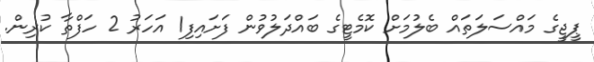
ޕީޖީގެ މައްސަލަތައް ބެލުމަށް ކޮމެޓީގެ ބައްދަލުވުން ފަށައިފި1 އަހަރު 2 ހަފްތާ ކުރިން.